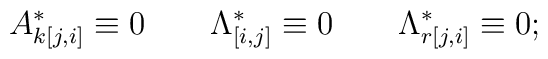
A^{*}_{k[j,i]}\equiv 0\qquad \Lambda ^{*}_{[i,j]}\equiv 0\qquad\Lambda ^{*}_{r[j,i]}\equiv 0;